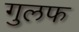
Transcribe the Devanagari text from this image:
गुलफ